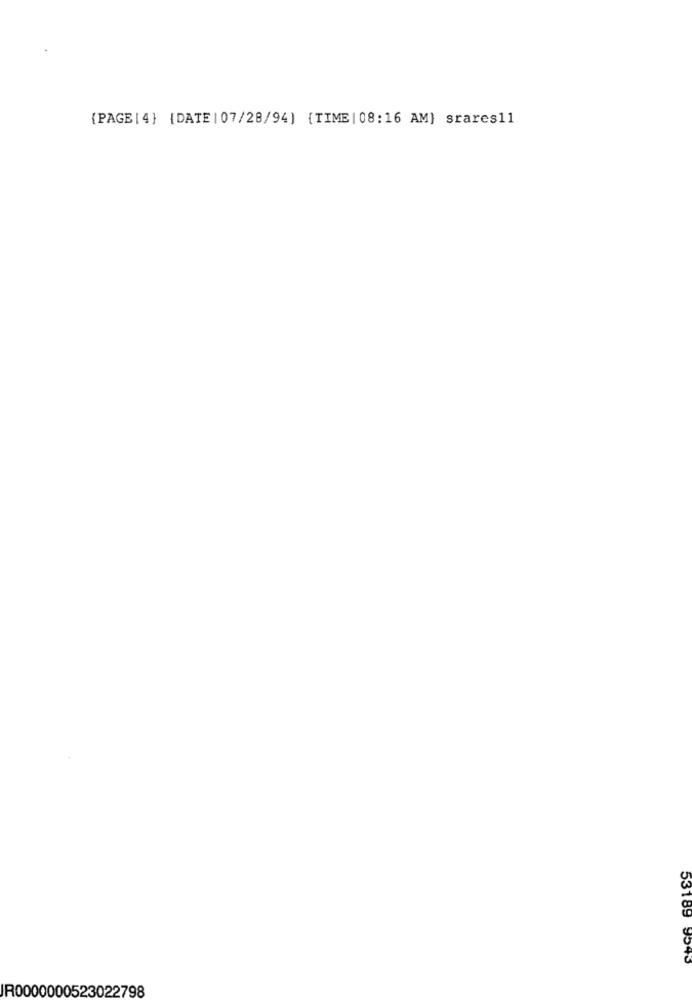
{PAGE [ 4} {DATE | 07/28/94] {TIME | 08:16 AM] srares11
53189 9543
IR0000000523022798